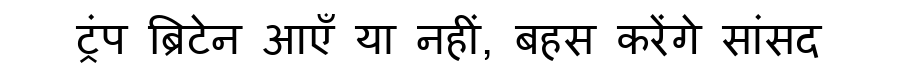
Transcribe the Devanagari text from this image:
ट्रंप ब्रिटेन आएँ या नहीं, बहस करेंगे सांसद